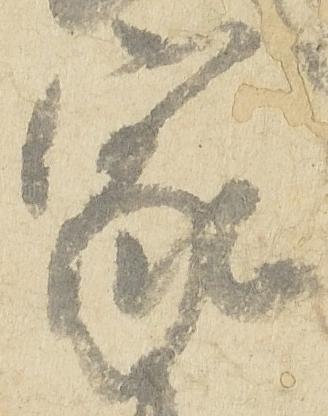
家